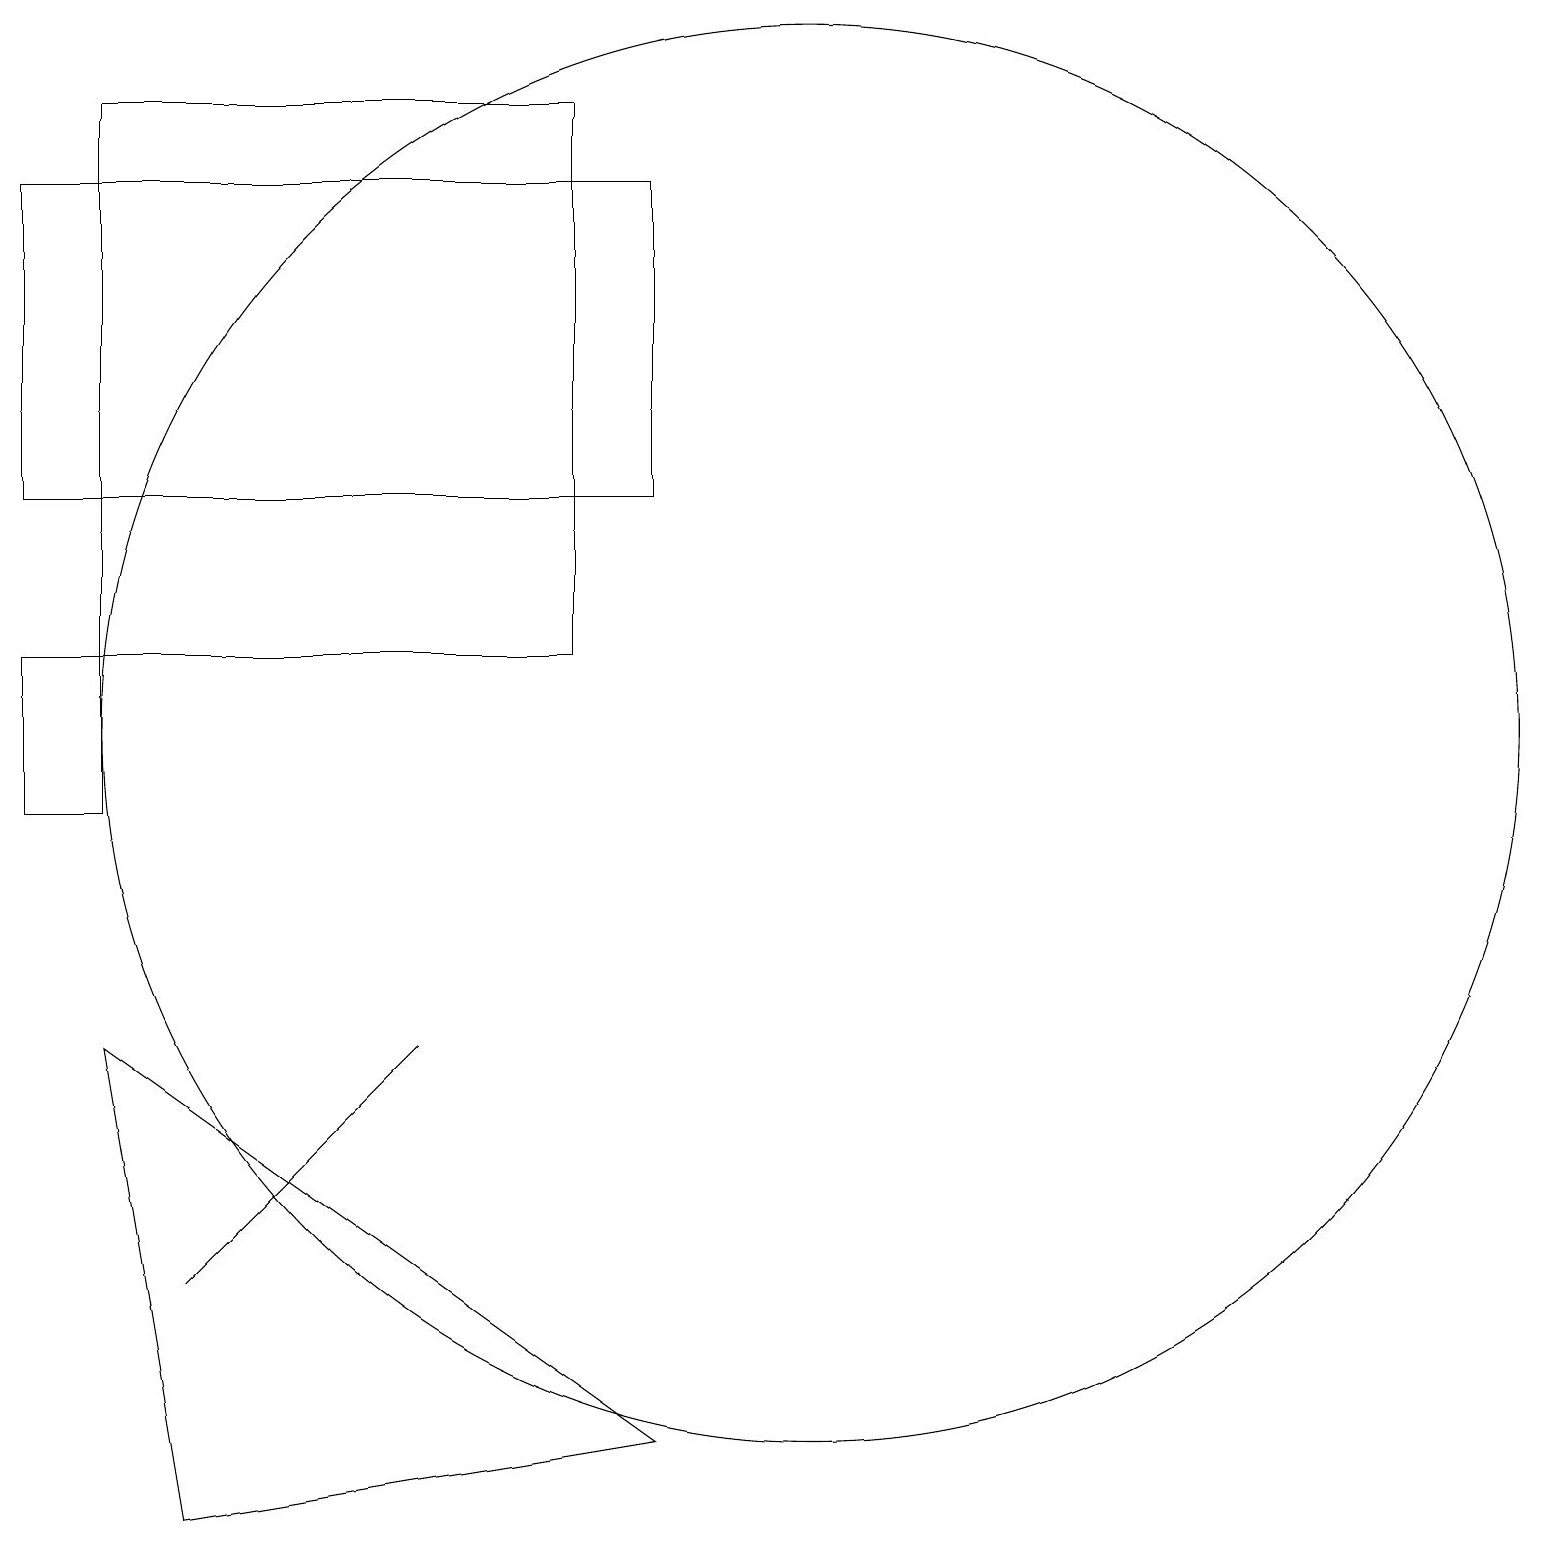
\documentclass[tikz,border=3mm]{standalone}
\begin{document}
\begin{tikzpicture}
\draw (1,14) rectangle (9,18);
\draw (8,12) rectangle (2,19);
\draw (5,14) rectangle (8,14);
\draw (4,5) -- (6,7) -- (3,4) -- cycle;
\draw (11,11) circle (9);
\draw (2,12) rectangle (1,10);
\draw (9,2) -- (2,7) -- (3,1) -- cycle;
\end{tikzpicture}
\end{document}